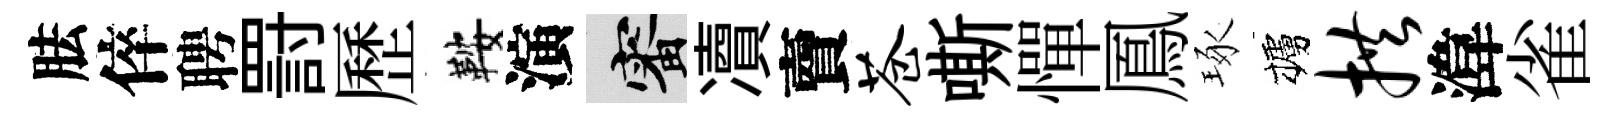
胠倅聘罸歷鞍演審凟𧶠苍嘶憚鳳琢櫨拱湋雀